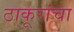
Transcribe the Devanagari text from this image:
ठाकूरांचा